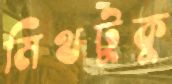
মিথটুকু